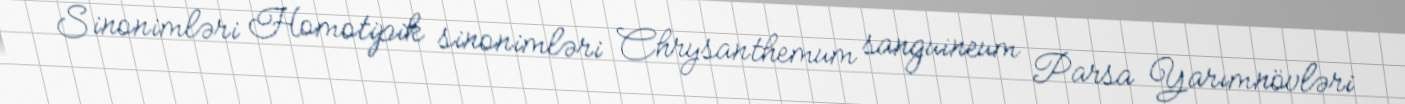
Sinonimləri Homotipik sinonimləri Chrysanthemum sanguineum Parsa Yarımnövləri